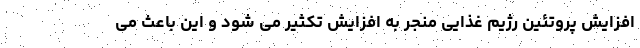
افزایش پروتئین رژیم غذایی منجر به افزایش تکثیر می شود و این باعث می